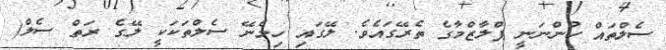
ސެލްތައް ހުންނަނީ ޕްލާޒްމާގެ ތެރޭގައެވެ. ލޭގައި ހިމެނޭ ސެލްތަކަކީ ލޭގެ ރަތް ސެލް(